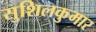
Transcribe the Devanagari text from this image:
सुशिलकुमार